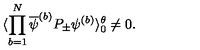
\langle \prod _ { b = 1 } ^ { N } \overline { { \psi } } ^ { ( b ) } P _ { \pm } \psi ^ { ( b ) } \rangle _ { 0 } ^ { \theta } \neq 0 .